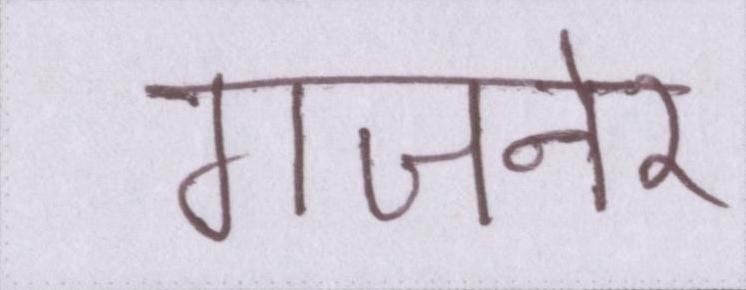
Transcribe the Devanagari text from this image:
गजनेर